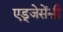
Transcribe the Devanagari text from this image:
एड्जेसेंसी